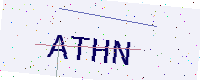
Text: ATHN